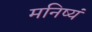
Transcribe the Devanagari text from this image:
मनिष्यं